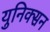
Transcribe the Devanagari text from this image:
युनिक्सन